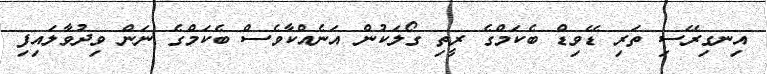
އިނގިރޭސި ތަރި ޑޭވިޑް ބެކަމްގެ ރީތި ގޯލަކުން އަނެއްކާވެސް ބެކަމްގެ ނަން ވިދުވާލައިފި